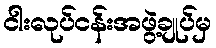
ငါးလုပ်ငန်းအဖွဲ့ချုပ်မှ